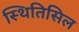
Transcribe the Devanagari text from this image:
स्थितिसिल